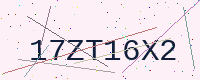
Text: 17ZT16X2